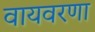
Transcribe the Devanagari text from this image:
वायवरणा